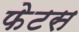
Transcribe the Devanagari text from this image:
फेटस